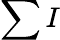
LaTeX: \sum I